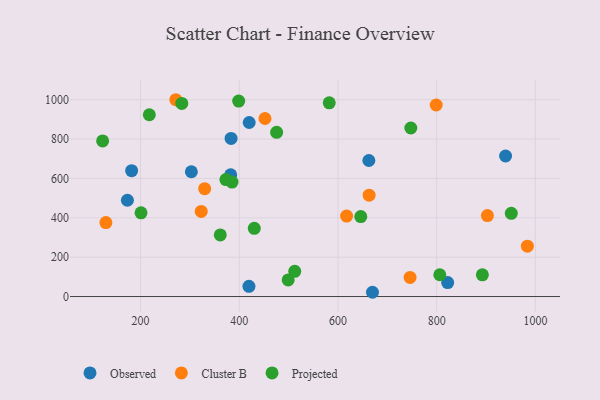
{"axis": {"x": "Study Hours", "y": "Profit"}, "legend": ["Cluster B", "Observed", "Projected"], "data": [{"x": "383.3", "y": 803.0, "type": "Observed"}, {"x": "669.8", "y": 21.6, "type": "Observed"}, {"x": "662.5", "y": 691.0, "type": "Observed"}, {"x": "181.8", "y": 639.4, "type": "Observed"}, {"x": "382.5", "y": 618.3, "type": "Observed"}, {"x": "419.5", "y": 52.0, "type": "Observed"}, {"x": "302.8", "y": 633.8, "type": "Observed"}, {"x": "822.2", "y": 70.7, "type": "Observed"}, {"x": "173.2", "y": 489.2, "type": "Observed"}, {"x": "939.5", "y": 713.9, "type": "Observed"}, {"x": "420.0", "y": 884.1, "type": "Observed"}, {"x": "271.3", "y": 999.8, "type": "Cluster B"}, {"x": "663.0", "y": 514.8, "type": "Cluster B"}, {"x": "983.7", "y": 255.6, "type": "Cluster B"}, {"x": "746.0", "y": 97.1, "type": "Cluster B"}, {"x": "452.0", "y": 904.5, "type": "Cluster B"}, {"x": "617.4", "y": 408.7, "type": "Cluster B"}, {"x": "322.8", "y": 432.3, "type": "Cluster B"}, {"x": "798.9", "y": 973.1, "type": "Cluster B"}, {"x": "129.6", "y": 375.7, "type": "Cluster B"}, {"x": "329.8", "y": 548.1, "type": "Cluster B"}, {"x": "902.7", "y": 411.1, "type": "Cluster B"}, {"x": "892.5", "y": 110.3, "type": "Projected"}, {"x": "372.8", "y": 594.3, "type": "Projected"}, {"x": "361.4", "y": 313.0, "type": "Projected"}, {"x": "430.3", "y": 346.3, "type": "Projected"}, {"x": "283.4", "y": 981.2, "type": "Projected"}, {"x": "806.2", "y": 110.6, "type": "Projected"}, {"x": "398.7", "y": 992.8, "type": "Projected"}, {"x": "217.6", "y": 923.4, "type": "Projected"}, {"x": "512.3", "y": 128.0, "type": "Projected"}, {"x": "646.1", "y": 406.2, "type": "Projected"}, {"x": "499.0", "y": 84.1, "type": "Projected"}, {"x": "582.2", "y": 984.0, "type": "Projected"}, {"x": "747.5", "y": 856.2, "type": "Projected"}, {"x": "200.8", "y": 425.1, "type": "Projected"}, {"x": "475.6", "y": 834.4, "type": "Projected"}, {"x": "385.2", "y": 581.4, "type": "Projected"}, {"x": "951.1", "y": 422.5, "type": "Projected"}, {"x": "123.0", "y": 790.7, "type": "Projected"}]}